Dysentery in Hazaribagh Central Jail - Number 52
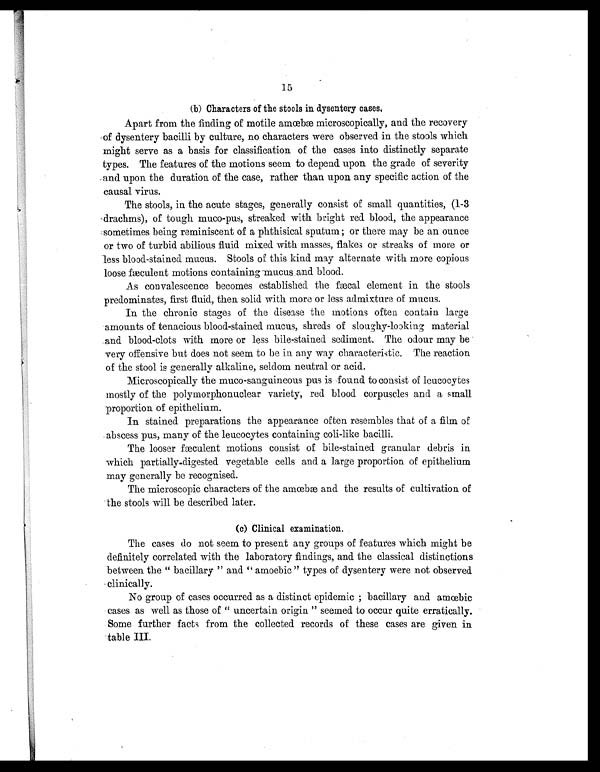
15
(b) Characters of the stools in dysentery cases.
Apart from the finding of motile amœbæ microscopically, and the recovery
of dysentery bacilli by culture, no characters were observed in the stools which
might serve as a basis for classification of the cases into distinctly separate
types. The features of the motions seem to depend upon the grade of severity
and upon the duration of the case, rather than upon any specific action of the
causal virus.
The stools, in the acute stages, generally consist of small quantities, (1-3
'drachms), of tough muco-pus, streaked with bright red blood, the appearance
sometimes being reminiscent of a phthisical sputum; or there may be an ounce
or two of turbid abilious fluid mixed with masses, flakes or streaks of more or
less blood-stained mucus. Stools of this kind may alternate with more copious
loose fæculent motions containing mucus and blood.
As convalescence becomes established the
fæcal element in the stools
predominates, first fluid, then solid with more or less admixture of mucus.
In the chronic stages of the disease the motions often contain large
amounts of tenacious blood-stained mucus, shreds of sloughy-looking material
and blood-clots with more or less bile-stained sediment. The odour may be
very offensive but does not seem to be in any way characteristic. The reaction
of the stool is generally alkaline, seldom neutral or acid.
Microscopically the muco-sanguineous pus is found to consist of leucocytes
mostly of the polymorphonuclear variety, red blood corpuscles and a small
proportion of epithelium.
In stained preparations the appearance often resembles that of a film of
abscess pus, many of the leucocytes containing coli-like bacilli.
The looser fæculent motions consist of bile-stained granular debris in
which partially.digested vegetable cells and a large proportion of epithelium
may generally be recognised.
The microscopic characters of the amœbæ and the results of cultivation of
the stools will be described later.
( c) Clinical examination.
The cases do not seem to present any groups of features which might be
definitely correlated with the laboratory findings, and the classical distinctions
between the "bacillary" and "amoebic" types of dysentery were not observed
clinically.
No group of cases occurred as a distinct epidemic; bacillary and amœbic
cases as well as those of "uncertain origin" seemed to occur quite erratically.
Some further facts from the collected records of these cases are given in
table III.